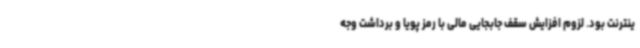
ینترنت بود. لزوم افزایش سقف جابجایی مالی با رمز پویا و برداشت وجه